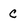
Character: C